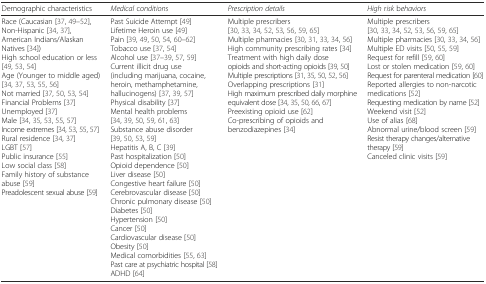
| Demographic characteristics | Medical conditions | Prescription details | High risk behaviors |
 | --- | --- | --- | --- |
 | Race (Caucasian [37, 49–52], Non-Hispanic [34, 37], American Indians/Alaskan Natives [34])High school education or less [49, 53, 54]Age (Younger to middle aged) [34, 37, 53, 55, 56]Not married [37, 50, 53, 54]Financial Problems [37]Unemployed [37]Male [34, 35, 53, 55, 57]Income extremes [34, 53, 55, 57]Rural residence [34, 37]LGBT [57]Public insurance [55]Low social class [58]Family history of substance abuse [59]Preadolescent sexual abuse [59] | Past Suicide Attempt [49]Lifetime Heroin use [49]Pain [39, 49, 50, 54, 60–62]Tobacco use [37, 54]Alcohol use [37–39, 57, 59]Current illicit drug use (including marijuana, cocaine, heroin, methamphetamine, hallucinogens) [37, 39, 57]Physical disability [37]Mental health problems [34, 39, 50, 59, 61, 63]Substance abuse disorder [39, 50, 53, 59]Hepatitis A, B, C [39]Past hospitalization [50]Opioid dependence [50]Liver disease [50]Congestive heart failure [50]Cerebrovascular disease [50]Chronic pulmonary disease [50]Diabetes [50]Hypertension [50]Cancer [50]Cardiovascular disease [50]Obesity [50]Medical comorbidities [55, 63]Past care at psychiatric hospital [58]ADHD [64] | Multiple prescribers [30, 33, 34, 52, 53, 56, 59, 65]Multiple pharmacies [30, 31, 33, 34, 56]High community prescribing rates [34]Treatment with high daily dose opioids and short-acting opioids [39, 50]Multiple prescriptions [31, 35, 50, 52, 56]Overlapping prescriptions [31]High maximum prescribed daily morphine equivalent dose [34, 35, 50, 66, 67]Preexisting opioid use [62]Co-prescribing of opioids and benzodiazepines [34] | Multiple prescribers [30, 33, 34, 52, 53, 56, 59, 65]Multiple pharmacies [30, 33, 34, 56]Multiple ED visits [50, 55, 59]Request for refill [59, 60]Lost or stolen medication [59, 60]Request for parenteral medication [60]Reported allergies to non-narcotic medications [52]Requesting medication by name [52]Weekend visit [52]Use of alias [68]Abnormal urine/blood screen [59]Resist therapy changes/alternative therapy [59]Canceled clinic visits [59] |